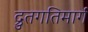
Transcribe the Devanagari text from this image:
द्रुतगतिमार्ग